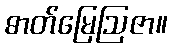
ဓာတ်မြေဩဇာ။